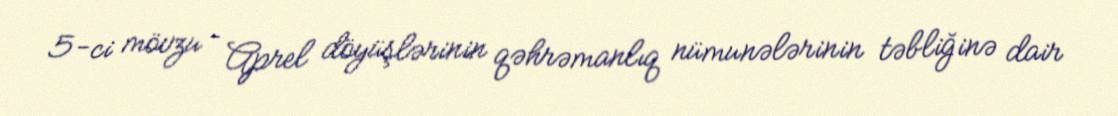
5-ci mövzu – Aprel döyüşlərinin qəhrəmanlıq nümunələrinin təbliğinə dair